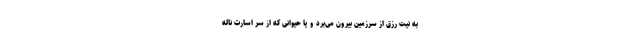
به نیت رزق از سرزمین بیرون می‌برد و یا حیوانی که از سر اسارت ناله